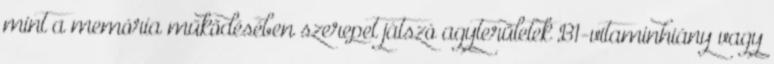
mint a memória működésében szerepet játszó agyterületek B1-vitaminhiány vagy